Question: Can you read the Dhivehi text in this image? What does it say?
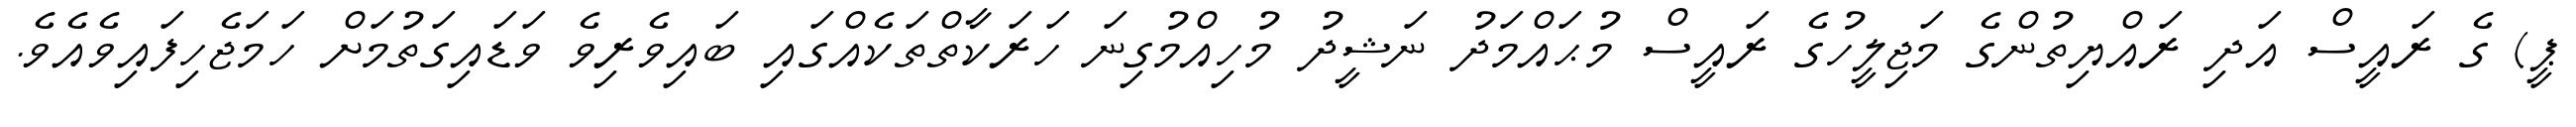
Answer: ޕީ) ގެ ރައީސް އަދި ރައްޔިތުންގެ މަޖިލީހުގެ ރައީސް މުޙައްމަދު ނަޝީދު މުހިއްމުގިނަ ހަރަކާތްތަކެއްގައި ބައިވެރިވެ ވަޑައިގަތުމަށް ހަމަޖެހިފައިވެއެވެ.